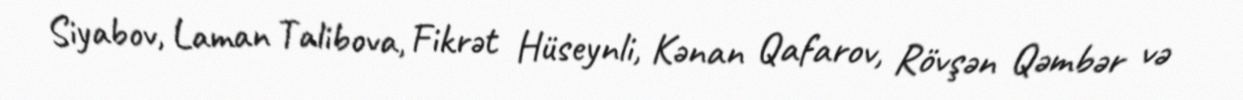
Siyabov, Laman Talibova, Fikrət Hüseynli, Kənan Qafarov, Rövşən Qəmbər və